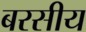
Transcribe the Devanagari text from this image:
बरसीय